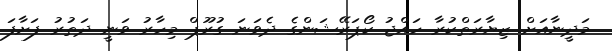
މަދީނާއަށް ޒިޔާރަތްކުރާ ހައްޖު ކޯޕަރޭޝަންގެ ދެވަނަ ގުރޫޕް މިހާރު ވަނީ ދަތުރު ފަށާފަ